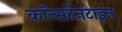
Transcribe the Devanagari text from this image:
कॉन्सटेनटाइन